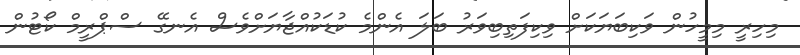
މިހިރީ މިމީހުން ވަކިބަޔަކަށް ވިކިފަތިބިވަރު ބަލަ އެންމެ ކުޑަކުއްޖާޔަށްވެސް އެނގޭ ސްޕްރީމް ކޯޓުން